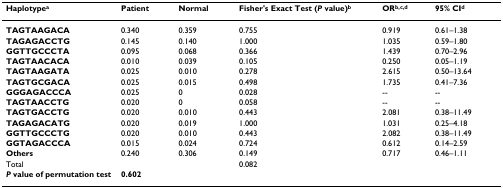
<table><thead><tr><td><b>Haplotype<sup>a</sup></b></td><td><b>Patient</b></td><td><b>Normal</b></td><td><b>Fisher&#x27;s Exact Test (<i>P </i>value)<sup>b</sup></b></td><td><b>OR<sup>b,c,d</sup></b></td><td><b>95% CI<sup>d</sup></b></td></tr></thead><tbody><tr><td><b>TAGTAAGACA</b></td><td>0.340</td><td>0.359</td><td>0.755</td><td>0.919</td><td>0.61–1.38</td></tr><tr><td><b>TAGAGACCTG</b></td><td>0.145</td><td>0.140</td><td>1.000</td><td>1.035</td><td>0.59–1.80</td></tr><tr><td><b>GGTTGCCCTA</b></td><td>0.095</td><td>0.068</td><td>0.366</td><td>1.439</td><td>0.70–2.96</td></tr><tr><td><b>TAGTAACACA</b></td><td>0.010</td><td>0.039</td><td>0.105</td><td>0.250</td><td>0.05–1.19</td></tr><tr><td><b>TAGTAAGATA</b></td><td>0.025</td><td>0.010</td><td>0.278</td><td>2.615</td><td>0.50–13.64</td></tr><tr><td><b>TAGTGCGACA</b></td><td>0.025</td><td>0.015</td><td>0.498</td><td>1.735</td><td>0.41–7.36</td></tr><tr><td><b>GGGAGACCCA</b></td><td>0.025</td><td>0</td><td>0.028</td><td>--</td><td>--</td></tr><tr><td><b>TAGTAACCTG</b></td><td>0.020</td><td>0</td><td>0.058</td><td>--</td><td>--</td></tr><tr><td><b>TAGTGACCTG</b></td><td>0.020</td><td>0.010</td><td>0.443</td><td>2.081</td><td>0.38–11.49</td></tr><tr><td><b>TAGAGACATG</b></td><td>0.020</td><td>0.019</td><td>1.000</td><td>1.031</td><td>0.25–4.18</td></tr><tr><td><b>GGTTGCCCTG</b></td><td>0.020</td><td>0.010</td><td>0.443</td><td>2.082</td><td>0.38–11.49</td></tr><tr><td><b>GGTAGACCCA</b></td><td>0.015</td><td>0.024</td><td>0.724</td><td>0.612</td><td>0.14–2.59</td></tr><tr><td><b>Others</b></td><td>0.240</td><td>0.306</td><td>0.149</td><td>0.717</td><td>0.46–1.11</td></tr><tr><td>Total</td><td></td><td></td><td>0.082</td><td></td><td></td></tr><tr><td><b><i>P </i>value of permutation test</b></td><td><b>0.602</b></td><td></td><td></td><td></td><td></td></tr></tbody></table>